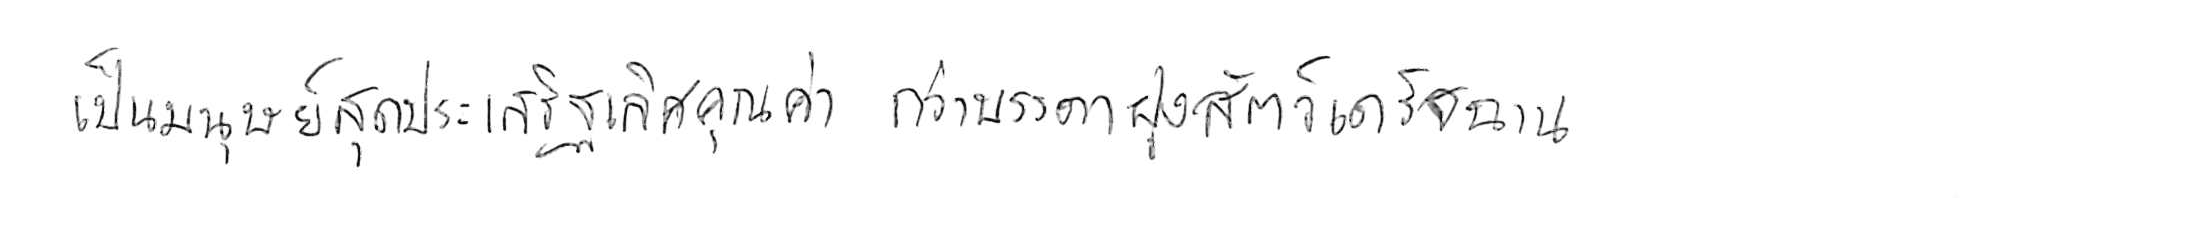
เป็นมนุษย์สุดประเสริฐเลิศคุณค่า กว่าบรรดาฝูงสัตว์เดรัจฉาน